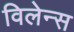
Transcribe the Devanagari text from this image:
विलेन्स